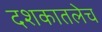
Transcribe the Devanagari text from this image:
दशकातलेच